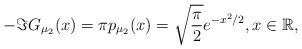
LaTeX: \begin{align*}-\Im G_{\mu_{2}}(x)=\pi p_{\mu_{2}}(x)=\sqrt{\frac{\pi}{2}}e^{-x^{2}/2},x\in\mathbb{R},\end{align*}